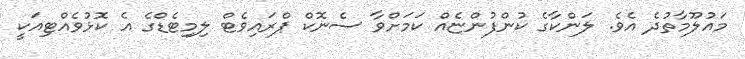
މައުލޫމާތުދެ އެވެ. ލަންކާގެ ކުންފުންޏެއް ކަމަށްވާ ސެނޮކް ޕްރައިވެޓް ލިމިޓެޑްގެ އެ ކޮޅުވެއްޓިއަކީ